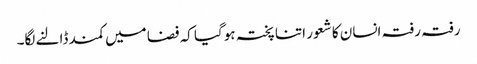
رفتہ رفتہ انسان کا شعور اتنا پختہ ہوگیا کہ فضا میں کمند ڈالنے لگا۔